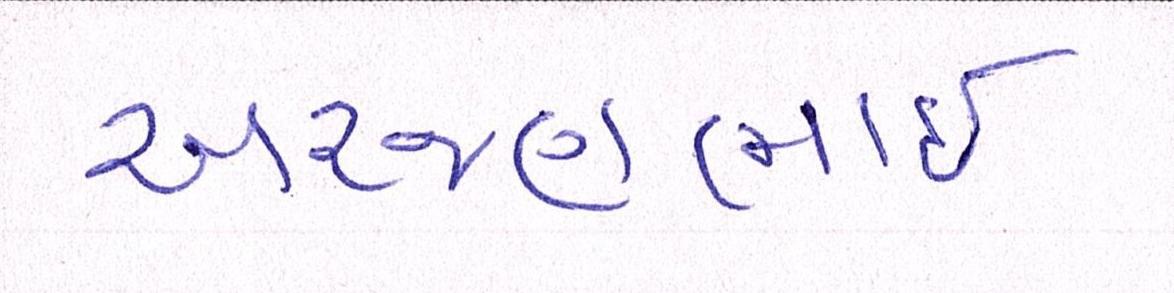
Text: અરજણભાઇ